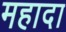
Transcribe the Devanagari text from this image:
महादा